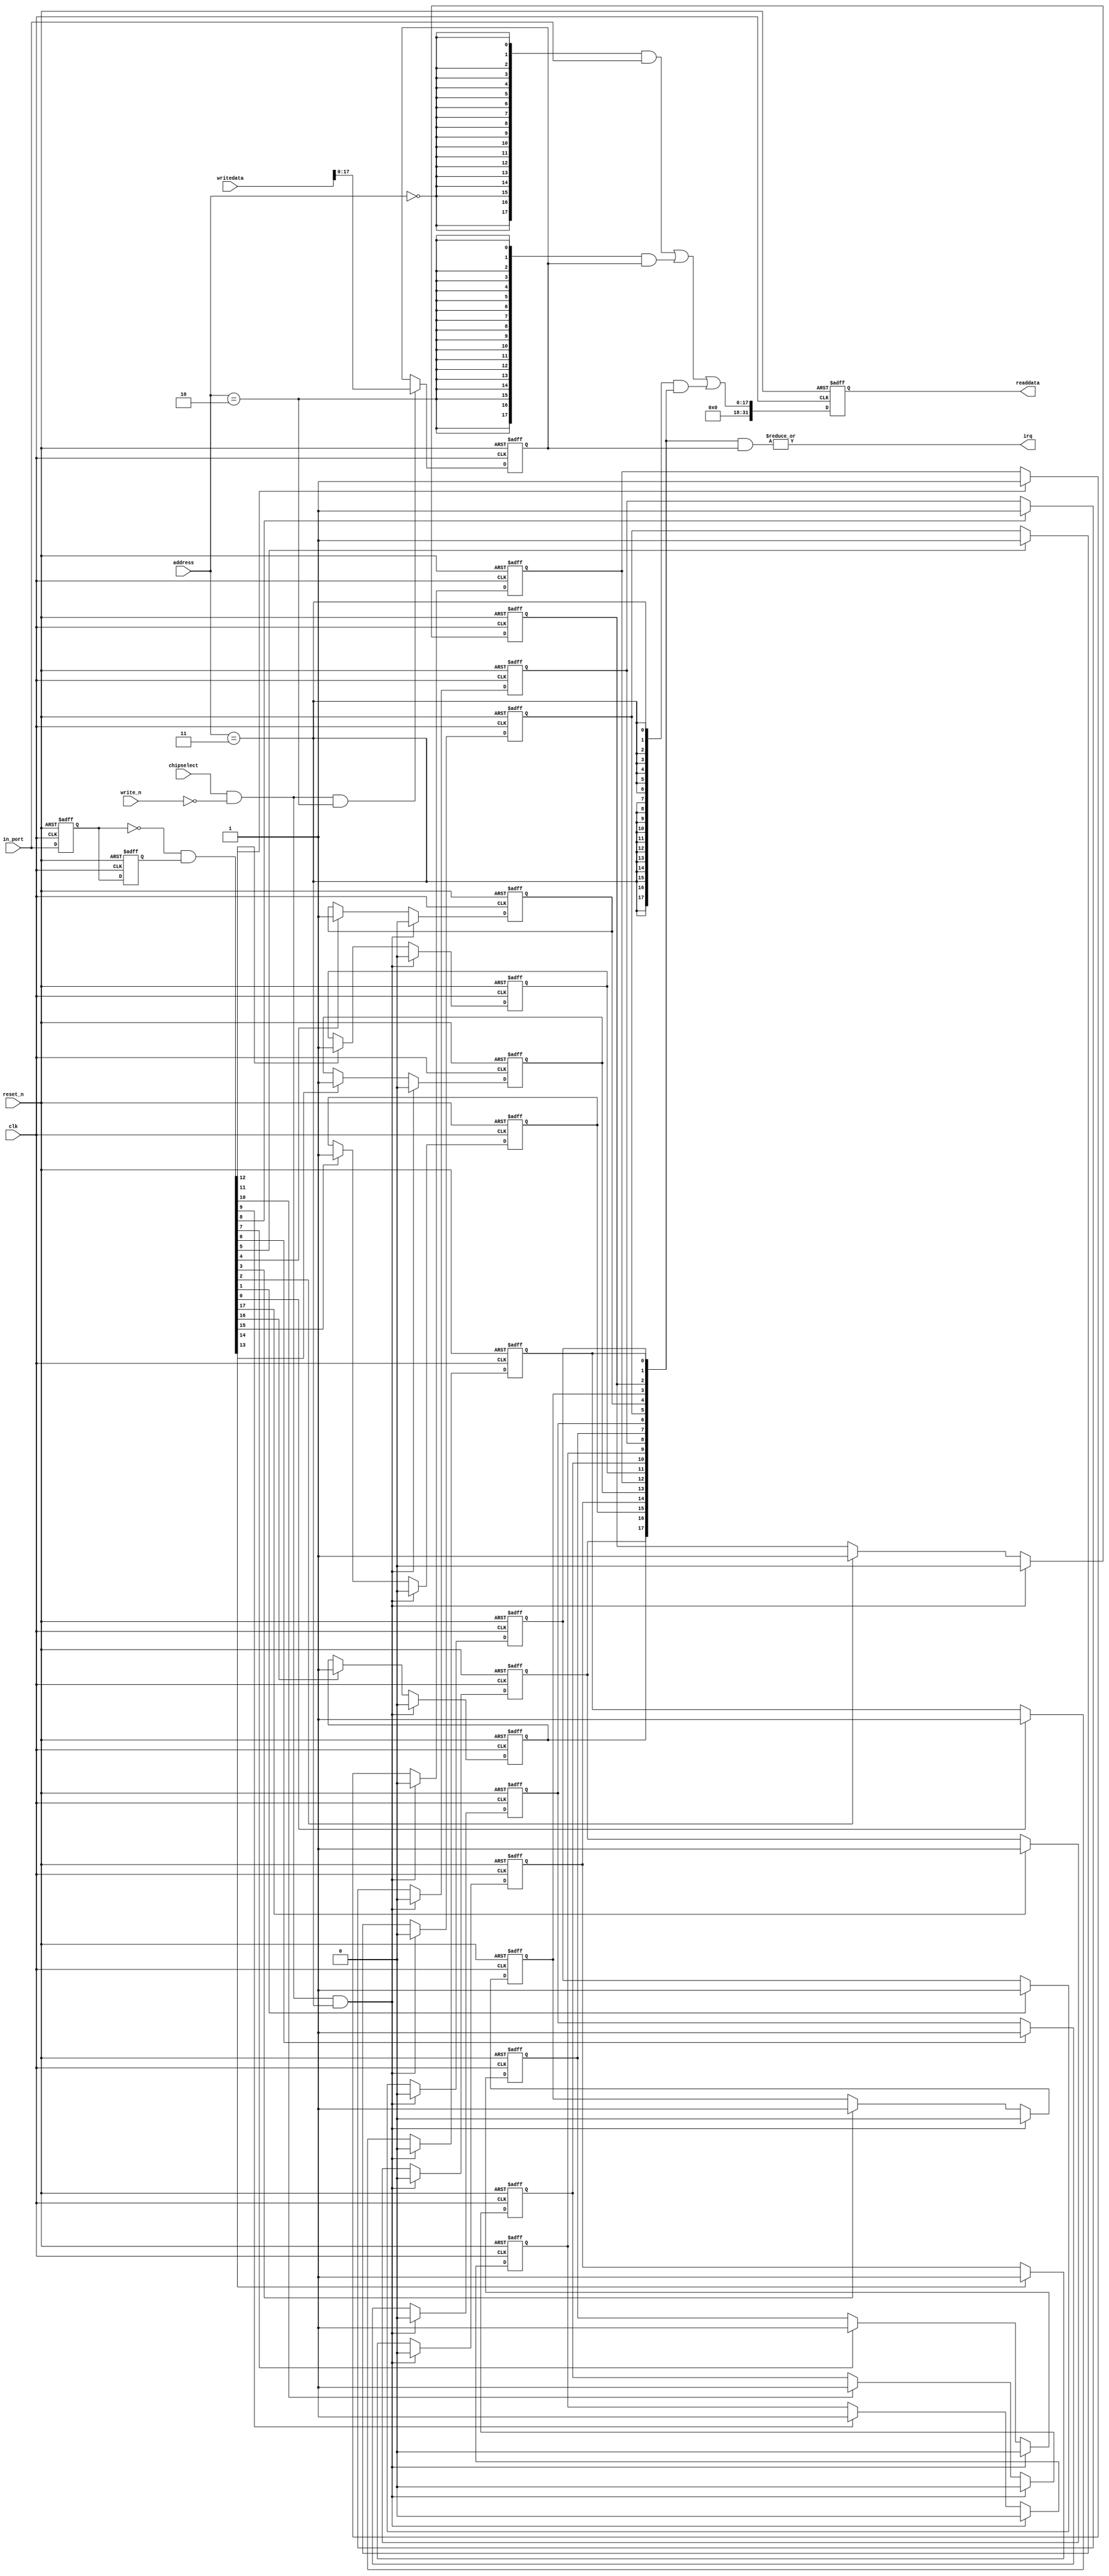
module DE2_115_SD_CARD_NIOS_sw (
                                 // inputs:
                                  address,
                                  chipselect,
                                  clk,
                                  in_port,
                                  reset_n,
                                  write_n,
                                  writedata,

                                 // outputs:
                                  irq,
                                  readdata
                               )
;

  output           irq;
  output  [ 31: 0] readdata;
  input   [  1: 0] address;
  input            chipselect;
  input            clk;
  input   [ 17: 0] in_port;
  input            reset_n;
  input            write_n;
  input   [ 31: 0] writedata;

  wire             clk_en;
  reg     [ 17: 0] d1_data_in;
  reg     [ 17: 0] d2_data_in;
  wire    [ 17: 0] data_in;
  reg     [ 17: 0] edge_capture;
  wire             edge_capture_wr_strobe;
  wire    [ 17: 0] edge_detect;
  wire             irq;
  reg     [ 17: 0] irq_mask;
  wire    [ 17: 0] read_mux_out;
  reg     [ 31: 0] readdata;
  assign clk_en = 1;
  //s1, which is an e_avalon_slave
  assign read_mux_out = ({18 {(address == 0)}} & data_in) |
    ({18 {(address == 2)}} & irq_mask) |
    ({18 {(address == 3)}} & edge_capture);

  always @(posedge clk or negedge reset_n)
    begin
      if (reset_n == 0)
          readdata <= 0;
      else if (clk_en)
          readdata <= {{{32 - 18}{1'b0}},read_mux_out};
    end


  assign data_in = in_port;
  always @(posedge clk or negedge reset_n)
    begin
      if (reset_n == 0)
          irq_mask <= 0;
      else if (chipselect && ~write_n && (address == 2))
          irq_mask <= writedata[17 : 0];
    end


  assign irq = |(edge_capture & irq_mask);
  assign edge_capture_wr_strobe = chipselect && ~write_n && (address == 3);
  always @(posedge clk or negedge reset_n)
    begin
      if (reset_n == 0)
          edge_capture[0] <= 0;
      else if (clk_en)
          if (edge_capture_wr_strobe)
              edge_capture[0] <= 0;
          else if (edge_detect[0])
              edge_capture[0] <= -1;
    end


  always @(posedge clk or negedge reset_n)
    begin
      if (reset_n == 0)
          edge_capture[1] <= 0;
      else if (clk_en)
          if (edge_capture_wr_strobe)
              edge_capture[1] <= 0;
          else if (edge_detect[1])
              edge_capture[1] <= -1;
    end


  always @(posedge clk or negedge reset_n)
    begin
      if (reset_n == 0)
          edge_capture[2] <= 0;
      else if (clk_en)
          if (edge_capture_wr_strobe)
              edge_capture[2] <= 0;
          else if (edge_detect[2])
              edge_capture[2] <= -1;
    end


  always @(posedge clk or negedge reset_n)
    begin
      if (reset_n == 0)
          edge_capture[3] <= 0;
      else if (clk_en)
          if (edge_capture_wr_strobe)
              edge_capture[3] <= 0;
          else if (edge_detect[3])
              edge_capture[3] <= -1;
    end


  always @(posedge clk or negedge reset_n)
    begin
      if (reset_n == 0)
          edge_capture[4] <= 0;
      else if (clk_en)
          if (edge_capture_wr_strobe)
              edge_capture[4] <= 0;
          else if (edge_detect[4])
              edge_capture[4] <= -1;
    end


  always @(posedge clk or negedge reset_n)
    begin
      if (reset_n == 0)
          edge_capture[5] <= 0;
      else if (clk_en)
          if (edge_capture_wr_strobe)
              edge_capture[5] <= 0;
          else if (edge_detect[5])
              edge_capture[5] <= -1;
    end


  always @(posedge clk or negedge reset_n)
    begin
      if (reset_n == 0)
          edge_capture[6] <= 0;
      else if (clk_en)
          if (edge_capture_wr_strobe)
              edge_capture[6] <= 0;
          else if (edge_detect[6])
              edge_capture[6] <= -1;
    end


  always @(posedge clk or negedge reset_n)
    begin
      if (reset_n == 0)
          edge_capture[7] <= 0;
      else if (clk_en)
          if (edge_capture_wr_strobe)
              edge_capture[7] <= 0;
          else if (edge_detect[7])
              edge_capture[7] <= -1;
    end


  always @(posedge clk or negedge reset_n)
    begin
      if (reset_n == 0)
          edge_capture[8] <= 0;
      else if (clk_en)
          if (edge_capture_wr_strobe)
              edge_capture[8] <= 0;
          else if (edge_detect[8])
              edge_capture[8] <= -1;
    end


  always @(posedge clk or negedge reset_n)
    begin
      if (reset_n == 0)
          edge_capture[9] <= 0;
      else if (clk_en)
          if (edge_capture_wr_strobe)
              edge_capture[9] <= 0;
          else if (edge_detect[9])
              edge_capture[9] <= -1;
    end


  always @(posedge clk or negedge reset_n)
    begin
      if (reset_n == 0)
          edge_capture[10] <= 0;
      else if (clk_en)
          if (edge_capture_wr_strobe)
              edge_capture[10] <= 0;
          else if (edge_detect[10])
              edge_capture[10] <= -1;
    end


  always @(posedge clk or negedge reset_n)
    begin
      if (reset_n == 0)
          edge_capture[11] <= 0;
      else if (clk_en)
          if (edge_capture_wr_strobe)
              edge_capture[11] <= 0;
          else if (edge_detect[11])
              edge_capture[11] <= -1;
    end


  always @(posedge clk or negedge reset_n)
    begin
      if (reset_n == 0)
          edge_capture[12] <= 0;
      else if (clk_en)
          if (edge_capture_wr_strobe)
              edge_capture[12] <= 0;
          else if (edge_detect[12])
              edge_capture[12] <= -1;
    end


  always @(posedge clk or negedge reset_n)
    begin
      if (reset_n == 0)
          edge_capture[13] <= 0;
      else if (clk_en)
          if (edge_capture_wr_strobe)
              edge_capture[13] <= 0;
          else if (edge_detect[13])
              edge_capture[13] <= -1;
    end


  always @(posedge clk or negedge reset_n)
    begin
      if (reset_n == 0)
          edge_capture[14] <= 0;
      else if (clk_en)
          if (edge_capture_wr_strobe)
              edge_capture[14] <= 0;
          else if (edge_detect[14])
              edge_capture[14] <= -1;
    end


  always @(posedge clk or negedge reset_n)
    begin
      if (reset_n == 0)
          edge_capture[15] <= 0;
      else if (clk_en)
          if (edge_capture_wr_strobe)
              edge_capture[15] <= 0;
          else if (edge_detect[15])
              edge_capture[15] <= -1;
    end


  always @(posedge clk or negedge reset_n)
    begin
      if (reset_n == 0)
          edge_capture[16] <= 0;
      else if (clk_en)
          if (edge_capture_wr_strobe)
              edge_capture[16] <= 0;
          else if (edge_detect[16])
              edge_capture[16] <= -1;
    end


  always @(posedge clk or negedge reset_n)
    begin
      if (reset_n == 0)
          edge_capture[17] <= 0;
      else if (clk_en)
          if (edge_capture_wr_strobe)
              edge_capture[17] <= 0;
          else if (edge_detect[17])
              edge_capture[17] <= -1;
    end


  always @(posedge clk or negedge reset_n)
    begin
      if (reset_n == 0)
        begin
          d1_data_in <= 0;
          d2_data_in <= 0;
        end
      else if (clk_en)
        begin
          d1_data_in <= data_in;
          d2_data_in <= d1_data_in;
        end
    end


  assign edge_detect = ~d1_data_in & d2_data_in;

endmodule